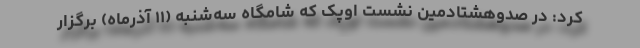
کرد: در صدوهشتادمین نشست اوپک که شامگاه سه‌شنبه (۱۱ آذرماه) برگزار